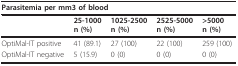
<table><thead><tr><td colspan="5"><b>Parasitemia per mm3 of blood</b></td></tr></thead><tbody><tr><td></td><td><b>25-1000</b><b>n (%)</b></td><td><b>1025-2500</b><b>n (%)</b></td><td><b>2525-5000</b><b>n (%)</b></td><td><b>&gt;5000</b><b>n (%)</b></td></tr><tr><td>OptiMal-IT positive</td><td>41 (89.1)</td><td>27 (100)</td><td>22 (100)</td><td>259 (100)</td></tr><tr><td>OptiMal-IT negative</td><td>5 (15.9)</td><td>0 (0)</td><td>0 (0)</td><td>0 (0)</td></tr></tbody></table>